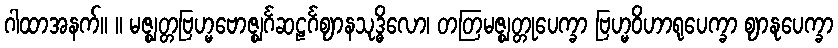
ဂါထာအနက်။ ။ မဇ္ဈတ္တဗြဟ္မဗောဇ္ဈင်္ဂဆဠင်္ဂဈာနသုဒ္ဓိလော၊ တတြမဇ္ဈတ္တုပေက္ခာ ဗြဟ္မဝိဟာရုပေက္ခာ ဈာနုပေက္ခာ